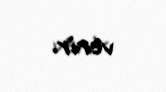
verir.